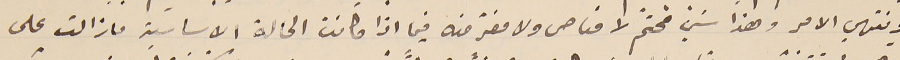
وينتهي الامر وهذا شيء مُحتّم لا مناص ولا مفرّ منه فيما اذا كانت الحالة الاساسيّة ما زالت على